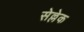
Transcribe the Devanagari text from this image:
सेल्लेक